Indian journal of veterinary science and animal husbandry - Volumes 22-23, 1952-1953
Year: 1952
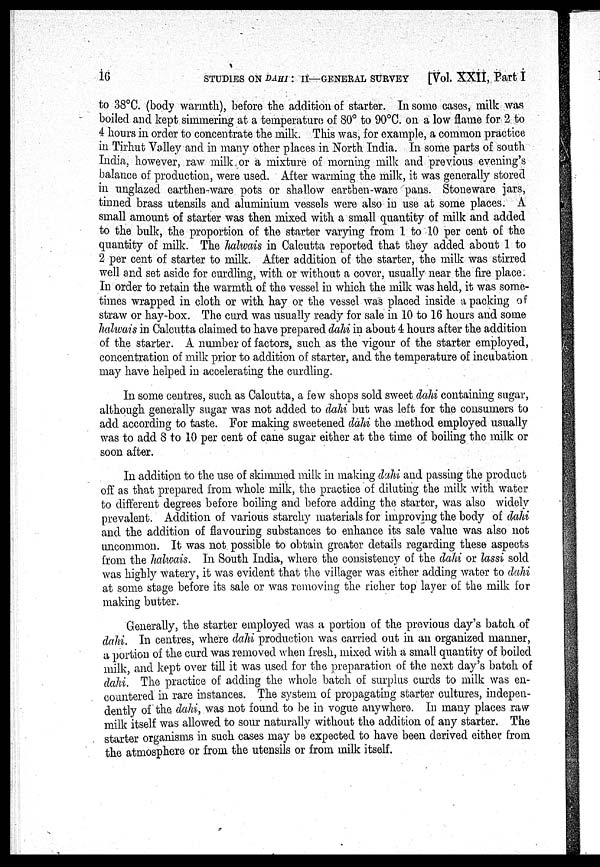
16
STUDIES ON DAHI : II—GENERAL SURVEY
[Vol. XXII, Part I
to 38°C. (body warmth.), before the addition of starter. In some cases, milk was
boiled and kept simmering at a temperature of 80° to 90°C. on a low flame for 2 to
4 hours in order to concentrate the milk. This was, for example, a common practice
in Tirhut Valley and in many other places in North India. In some parts of south
India, however, raw milk or a mixture of morning milk and previous evening's
balance of production, were used. After warming the milk, it was generally stored
in unglazed earthen-ware pots or shallow earthen-ware pans. Stoneware jars,
tinned brass utensils and aluminium vessels were also in use at some places. A
small amount of starter was then mixed with a small quantity of milk and added
to the bulk, the proportion of the starter varying from 1 to 10 per cent of the
quantity of milk. The halwais in Calcutta reported that they added about 1 to
2 per cent of starter to milk. After addition of the starter, the milk was stirred
well and set aside for curdling, with or without a cover, usually near the fire place.
In order to retain the warmth of the vessel in which the milk was held, it was some-
times wrapped in cloth or with hay or the vessel was placed inside a packing of
straw or hay-box. The curd was usually ready for sale in 10 to 16 hours and some
halwais in Calcutta claimed to have prepared dahi in about 4 hours after the addition
of the starter. A number of factors, such as the vigour of the starter employed,
concentration of milk prior to addition of starter, and the temperature of incubation
may have helped in accelerating the curdling.
In some centres, such as Calcutta, a few shops sold sweet dahi containing sugar,
although generally sugar was not added to dahi but was left for the consumers to
add according to taste. For making sweetened dahi the method employed usually
was to add 8 to 10 per cent of cane sugar either at the time of boiling the milk or
soon after.
In addition to the use of skimmed milk in making dahi and passing the product
off as that prepared from whole milk, the practice of diluting the milk with water
to different degrees before boiling and before adding the starter, was also widely
prevalent. Addition of various starchy materials for improving the body of dahi
and the addition of flavouring substances to enhance its sale value was also not
uncommon. It was not possible to obtain greater details regarding these aspects
from the halwais. In South India, where the consistency of the dahi or lassi sold
was highly watery, it was evident that the villager was either adding water to dahi
at some stage before its sale or was removing the richer top layer of the milk for
making butter.
Generally, the starter employed was a portion of the previous day's batch of
dahi. In centres, where dahi production was carried out in an organized manner,
a portion of the curd was removed when fresh, mixed with a small quantity of boiled
milk, and kept over till it was used for the preparation of the next day's batch of
dahi. The practice of adding the whole batch of surplus curds to milk was en-
countered in rare instances. The system of propagating starter cultures, indepen-
dently of the dahi, was not found to be in vogue anywhere. In many places raw
milk itself was allowed to sour naturally without the addition of any starter. The
starter organisms in such cases may be expected to have been derived either from
the atmosphere or from the utensils or from milk itself.